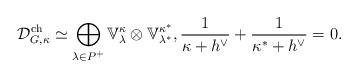
LaTeX: \begin{align*}\mathcal{D}_{G, \kappa}^{\mathrm{ch}}\simeq \bigoplus_{\lambda\in P^+} \mathbb{V}^{\kappa}_\lambda\otimes \mathbb{V}^{\kappa^*}_{\lambda^*},\frac{1}{\kappa+h^\vee}+\frac{1}{\kappa^*+h^\vee}=0.\end{align*}